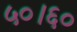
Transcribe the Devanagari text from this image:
५०।६०